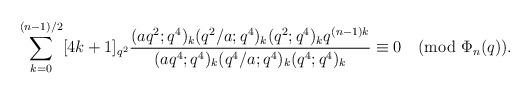
LaTeX: \begin{align*}\sum_{k=0}^{(n-1)/2}[4k+1]_{q^2}\frac{(aq^2;q^4)_k (q^2/a;q^4)_k (q^2;q^4)_k q^{(n-1)k}}{(aq^4;q^4)_k(q^4/a;q^4)_k (q^4;q^4)_k}\equiv 0\pmod{\Phi_n(q)}.\end{align*}